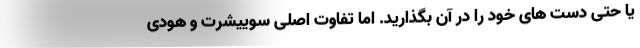
یا حتی دست های خود را در آن بگذارید. اما تفاوت اصلی سوییشرت و هودی